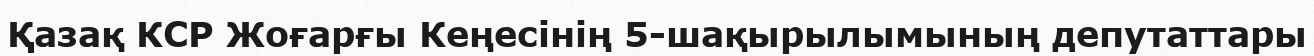
Қазақ КСР Жоғарғы Кеңесінің 5-шақырылымының депутаттары